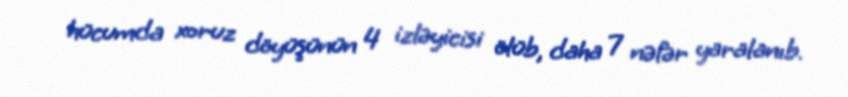
hücumda xoruz döyüşünün 4 izləyicisi ölüb, daha 7 nəfər yaralanıb.